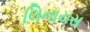
લિનાયસ